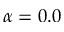
\alpha = 0 . 0